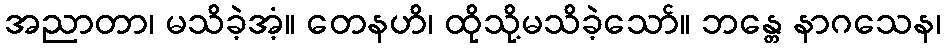
အညာတာ၊ မသိခဲ့အံ့။ တေနဟိ၊ ထိုသို့မသိခဲ့သော်။ ဘန္တေ နာဂသေန၊